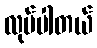
လုပ်ပါတယ်